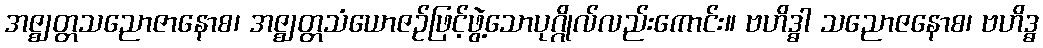
အဇ္ဈတ္တသညောဇာနောစ၊ အဇ္ဈတ္တသံယောဇဉ်ဖြင့်ဖွဲ့သောပုဂ္ဂိုလ်လည်းကောင်း။ ဗဟိဒ္ဓါ သညောဇနောစ၊ ဗဟိဒ္ဓ